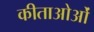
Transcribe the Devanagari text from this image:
कीताओओं